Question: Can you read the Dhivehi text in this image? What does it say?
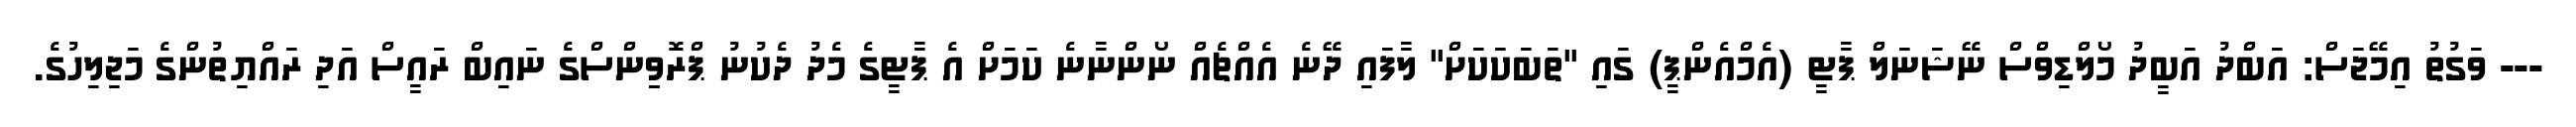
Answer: --- ވަގުތު އިމޭޖަސް: އަބްދު އަބީދު މޯލްޑިވްސް ނޭޝަނަލް ޕާޓީ (އެމްއެންޕީ) ގައި "ތަބަކަކަށް" ލާފައި ދޭނެ އެއްޗެއް ނޯންނާނެ ކަމަށް އެ ޕާޓީގެ މެދު ދެކުނު ޕްރޮވިިންސްގެ ނައިބް ރައީސް އަދި ރައްޔިތުންގެ މަޖިލިހުގެ.